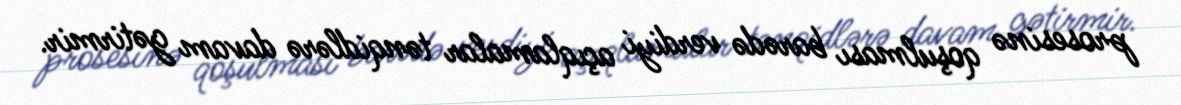
prosesinə qoşulması barədə verdiyi açıqlamalar tənqidlərə davam gətirmir.